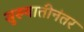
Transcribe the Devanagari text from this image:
सुरुवातीनंतर